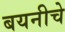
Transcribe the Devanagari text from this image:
बयनीचे